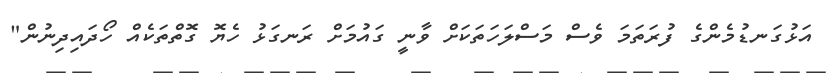
އަޅުގަނޑުމެންގެ ފުރަތަމަ ވެސް މަސްލަހަތަކަށް ވާނީ ގައުމަށް ރަނގަޅު ހެޔޮ ގޮތްތަކެއް ހޯދައިދިނުން"